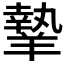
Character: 𦎷